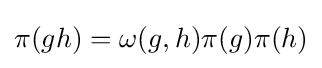
\pi (gh)=\omega (g,h)\pi (g)\pi (h)